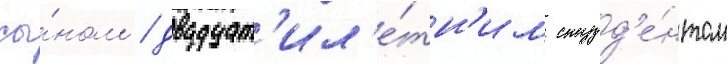
сы́ном / двадцат'ил'е́тн'им студ'е́нтом